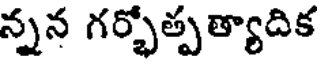
న్నన గర్భోత్పత్యాదిక